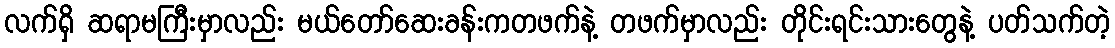
လက်ရှိ ဆရာမကြီးမှာလည်း မယ်တော်ဆေးခန်းကတဖက်နဲ့ တဖက်မှာလည်း တိုင်းရင်းသားတွေနဲ့ ပတ်သက်တဲ့